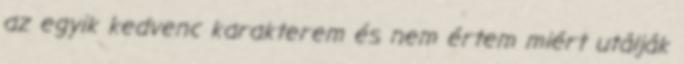
az egyik kedvenc karakterem és nem értem miért utálják